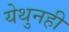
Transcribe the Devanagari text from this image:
येथुनही